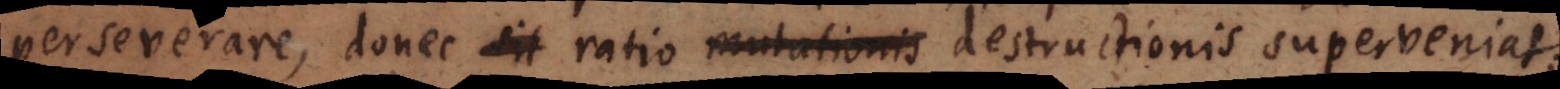
perseverare, donec sit ratio mutationis destructionis superveniat.